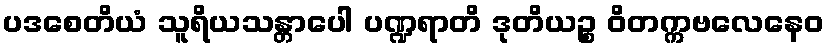
ပဒစေတိယံ သူရိယသန္တာပေါ ပဏ္ဍရာတိ ဒုတိယဉ္စ ဝိတက္ကဗလေနေဝ